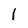
Character: l